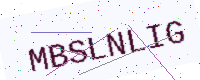
Text: MBSLNLIG